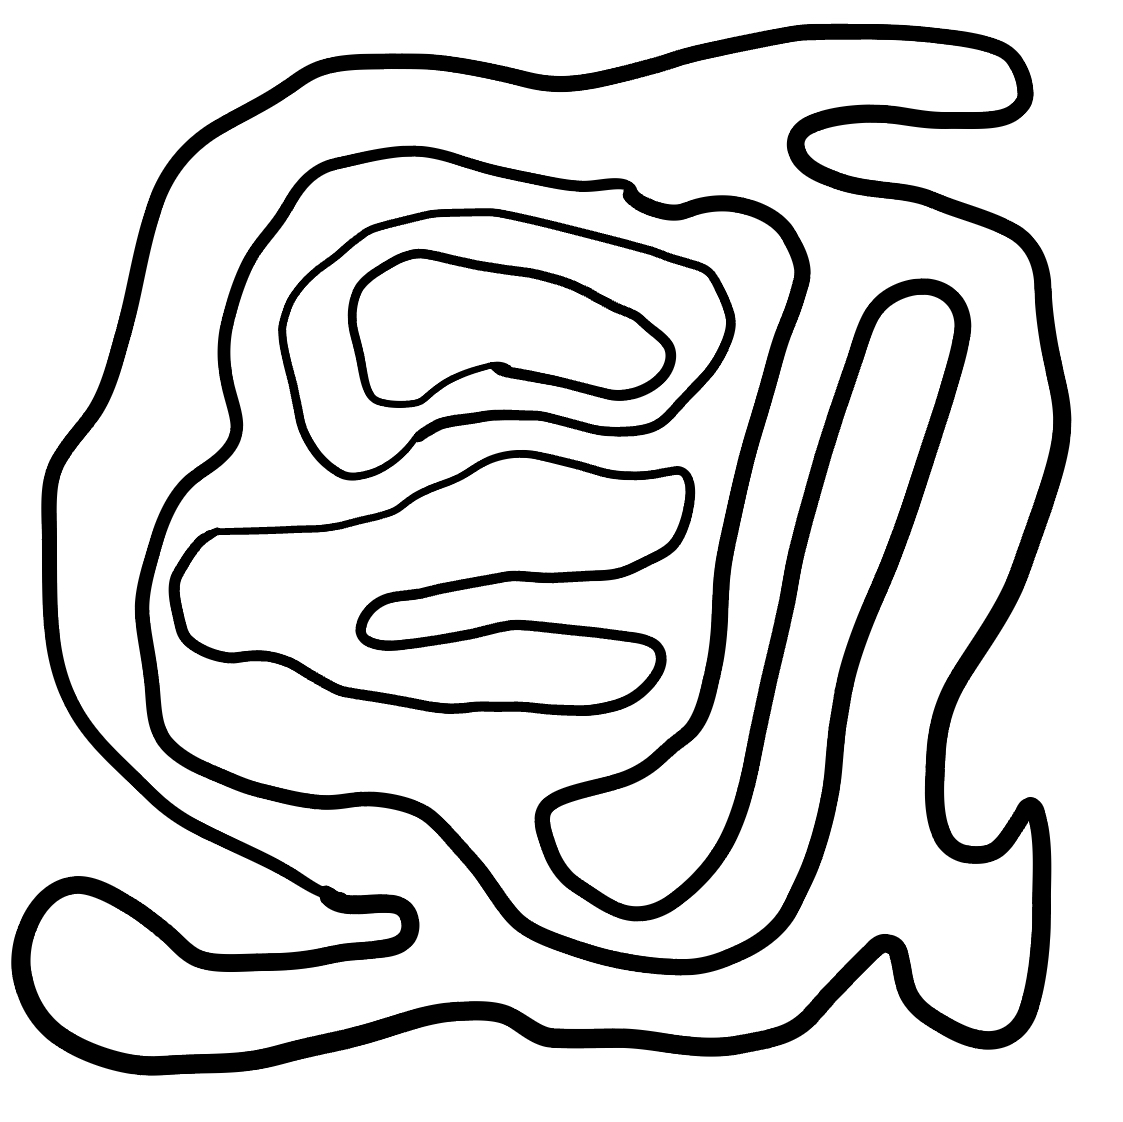
Number of regions (including the outer root region): 6
Containment tree edges (parent, child): 0, 1, 1, 2, 2, 3, 2, 4, 4, 5